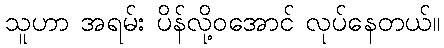
သူဟာ အရမ်း ပိန်လို့ဝအောင် လုပ်နေတယ်။